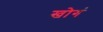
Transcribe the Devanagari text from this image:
खोगं